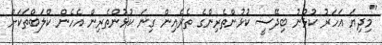
"މިދިޔަ އަހަރު ކުޅުނު ބިދޭސީ ކުޅުންތެރިންގެ ތެރެއިން ގިނަ ކުޅުންތެރިން އެހެން ކްލަބްތަކަށް